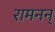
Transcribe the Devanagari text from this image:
रामनन्‌